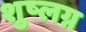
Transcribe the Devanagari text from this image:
शुष्लग्न